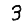
Digit: 3